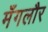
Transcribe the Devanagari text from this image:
मँगलौर